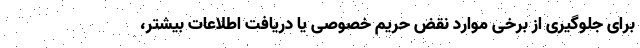
برای جلوگیری از برخی موارد نقض حریم خصوصی یا دریافت اطلاعات بیشتر،